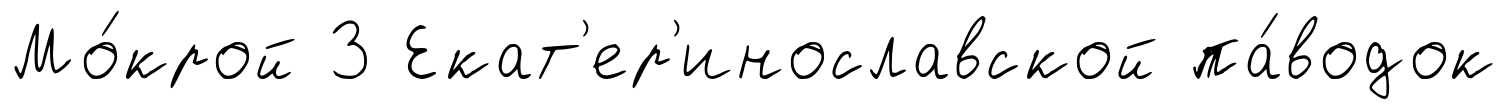
Мо́крой 3 Екат'ер'инославской па́водок